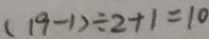
( 1 9 - 1 ) \div 2 + 1 = 1 0